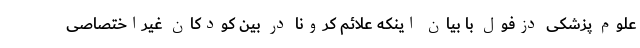
علوم پزشکی دزفول با بیان اینکه علائم کرونا در بین کودکان غیراختصاصی